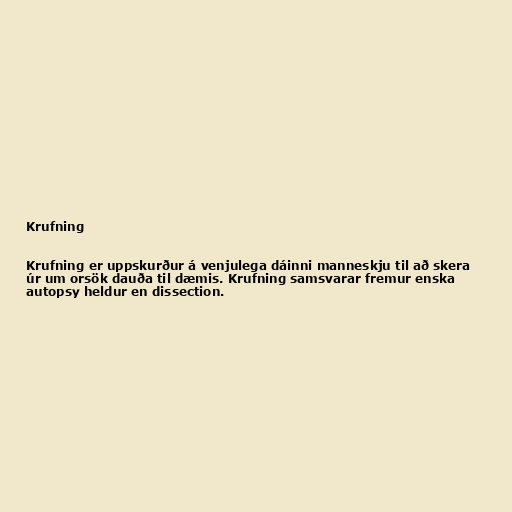
Krufning

Krufning er uppskurður á venjulega dáinni manneskju til að skera
úr um orsök dauða til dæmis. Krufning samsvarar fremur enska
autopsy heldur en dissection.